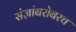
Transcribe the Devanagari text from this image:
संज्ञांबरोबरच